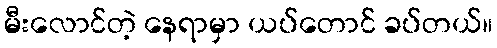
မီးလောင်တဲ့ နေရာမှာ ယပ်တောင် ခပ်တယ်။